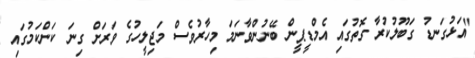
"އަޅުގަނޑު ގަބޫލުކުރާ ގޮތުގައި އެމްޑީޕީން ބޭނުންވާނަމަ މިހާރުވެސް މަޖިލީހުގެ ވަރަށް ގިނަ ކަންކަމުގައި